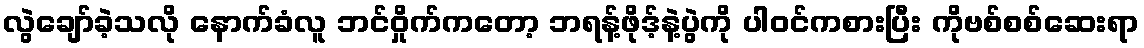
လွဲချော်ခဲ့သလို နောက်ခံလူ ဘင်ဝှိုက်ကတော့ ဘရန့်ဖိုဒ့်နဲ့ပွဲကို ပါဝင်ကစားပြီး ကိုဗစ်စစ်ဆေးရာ